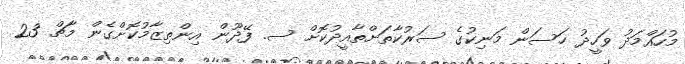
މުހައްމަދު ވަހީދު ހަސަން މަނިކުގެ ސަރުކާތަށްތާއީދުކޮށް ސ. ފޭދޫން އިންތިޒާމުކޮށްގެން މާޗް 23